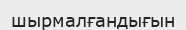
шырмалғандығын